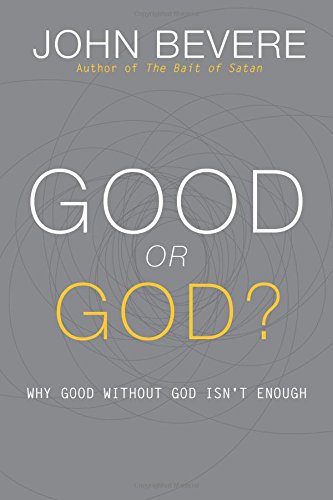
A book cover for Good or God?: Why Good Without God Isn't Enough; John Bevere; Christian Books & Bibles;